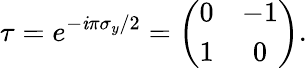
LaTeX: \tau=e^{-\mathit{i}\pi\sigma_{y}/2}=\left(\begin{array}{cc}{0}&{-1}\\ {1}&{0}\end{array}\right).